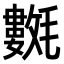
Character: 𣰟